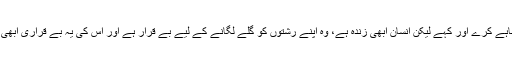
سیاست جو چاہے کرے اور کہے لیکن انسان ابھی زندہ ہے، وہ اپنے رشتوں کو گلے لگانے کے لیے بے قرار ہے اور اس کی یہ بے قراری ابھی ختم نہ ہوگی۔